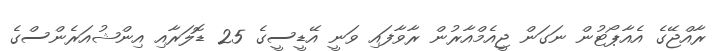
ރާއްޖޭގެ އެއާޕޯޓުން ނަގަން ޖީއެމްއާރުން ރާވާފައި ވަނީ އޭޑީސީގެ 25 ޑޮލަރާއި އިންޝުއަރެންސްގެ